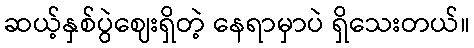
ဆယ့်နှစ်ပွဲဈေးရှိတဲ့ နေရာမှာပဲ ရှိသေးတယ်။